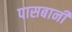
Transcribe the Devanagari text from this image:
पासबानी